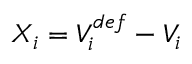
X _ { i } = V _ { i } ^ { d e f } - V _ { i }